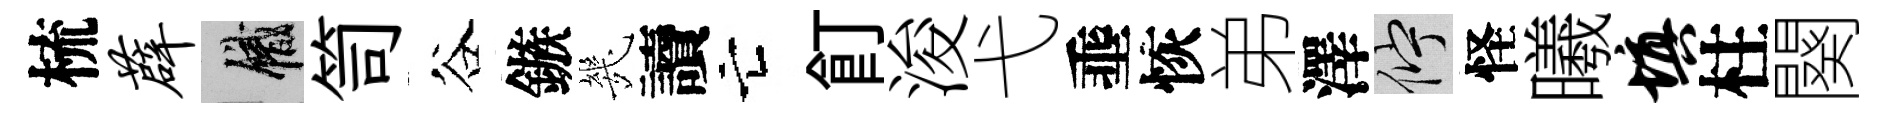
梳薜識笥谷鏃㡬讀亡飣浚弋埀恢弟澤伫怪曦填柱闋